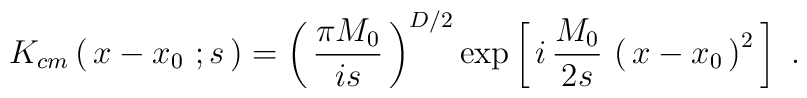
K_{cm}\left(\, x - x _0\ ; s\,\right)= \left(\,{\pi M_0\over is}\,\right)^{D/2} \exp \left[\, i\, {M_0\over 2s}\, \left(\, x-x_0\,\right)^2\,\right]\ .